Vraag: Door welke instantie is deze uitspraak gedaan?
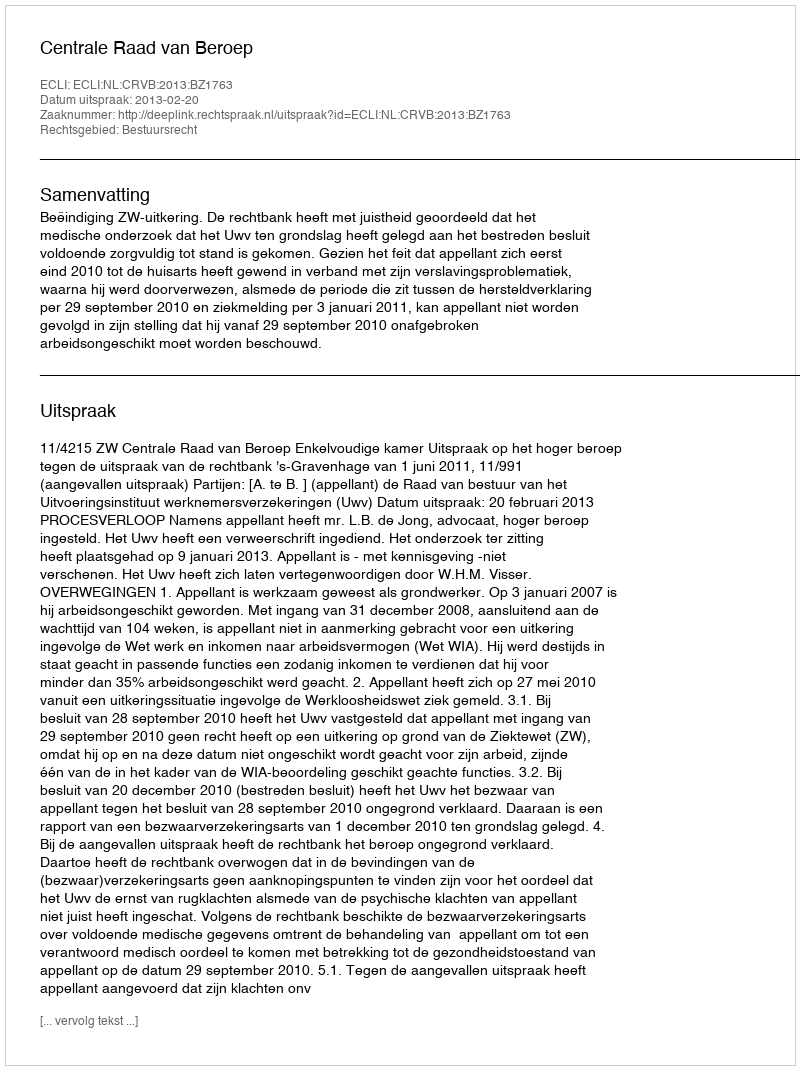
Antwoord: Centrale Raad van Beroep